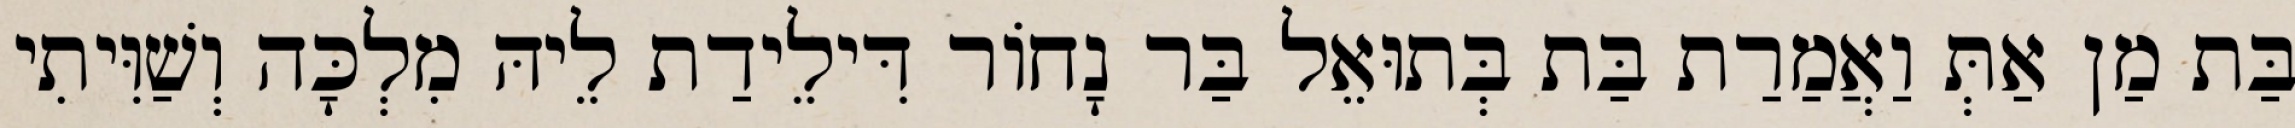
בַּת מַן אַתְּ וַאֲמַרַת בַּת בְּתוּאֵל בַּר נָחוֹר דִּילֵידַת לֵיהּ מִלְכָּה וְשַׁוִּיתִי